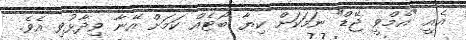
އެއީ "އެމްވީ ޖޭޑް" ނަމަކަށް ކިޔާ ބޯޓެއް ކަމަށް އޭނާ ވިދާޅުވި އެވެ.